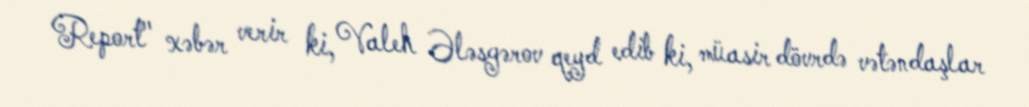
Report" xəbər verir ki, Valeh Ələsgərov qeyd edib ki, müasir dövrdə vətəndaşlar